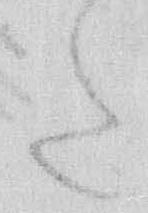
た